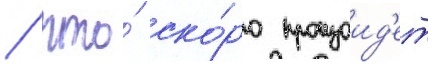
/ что́ ско́ро произоид'ет